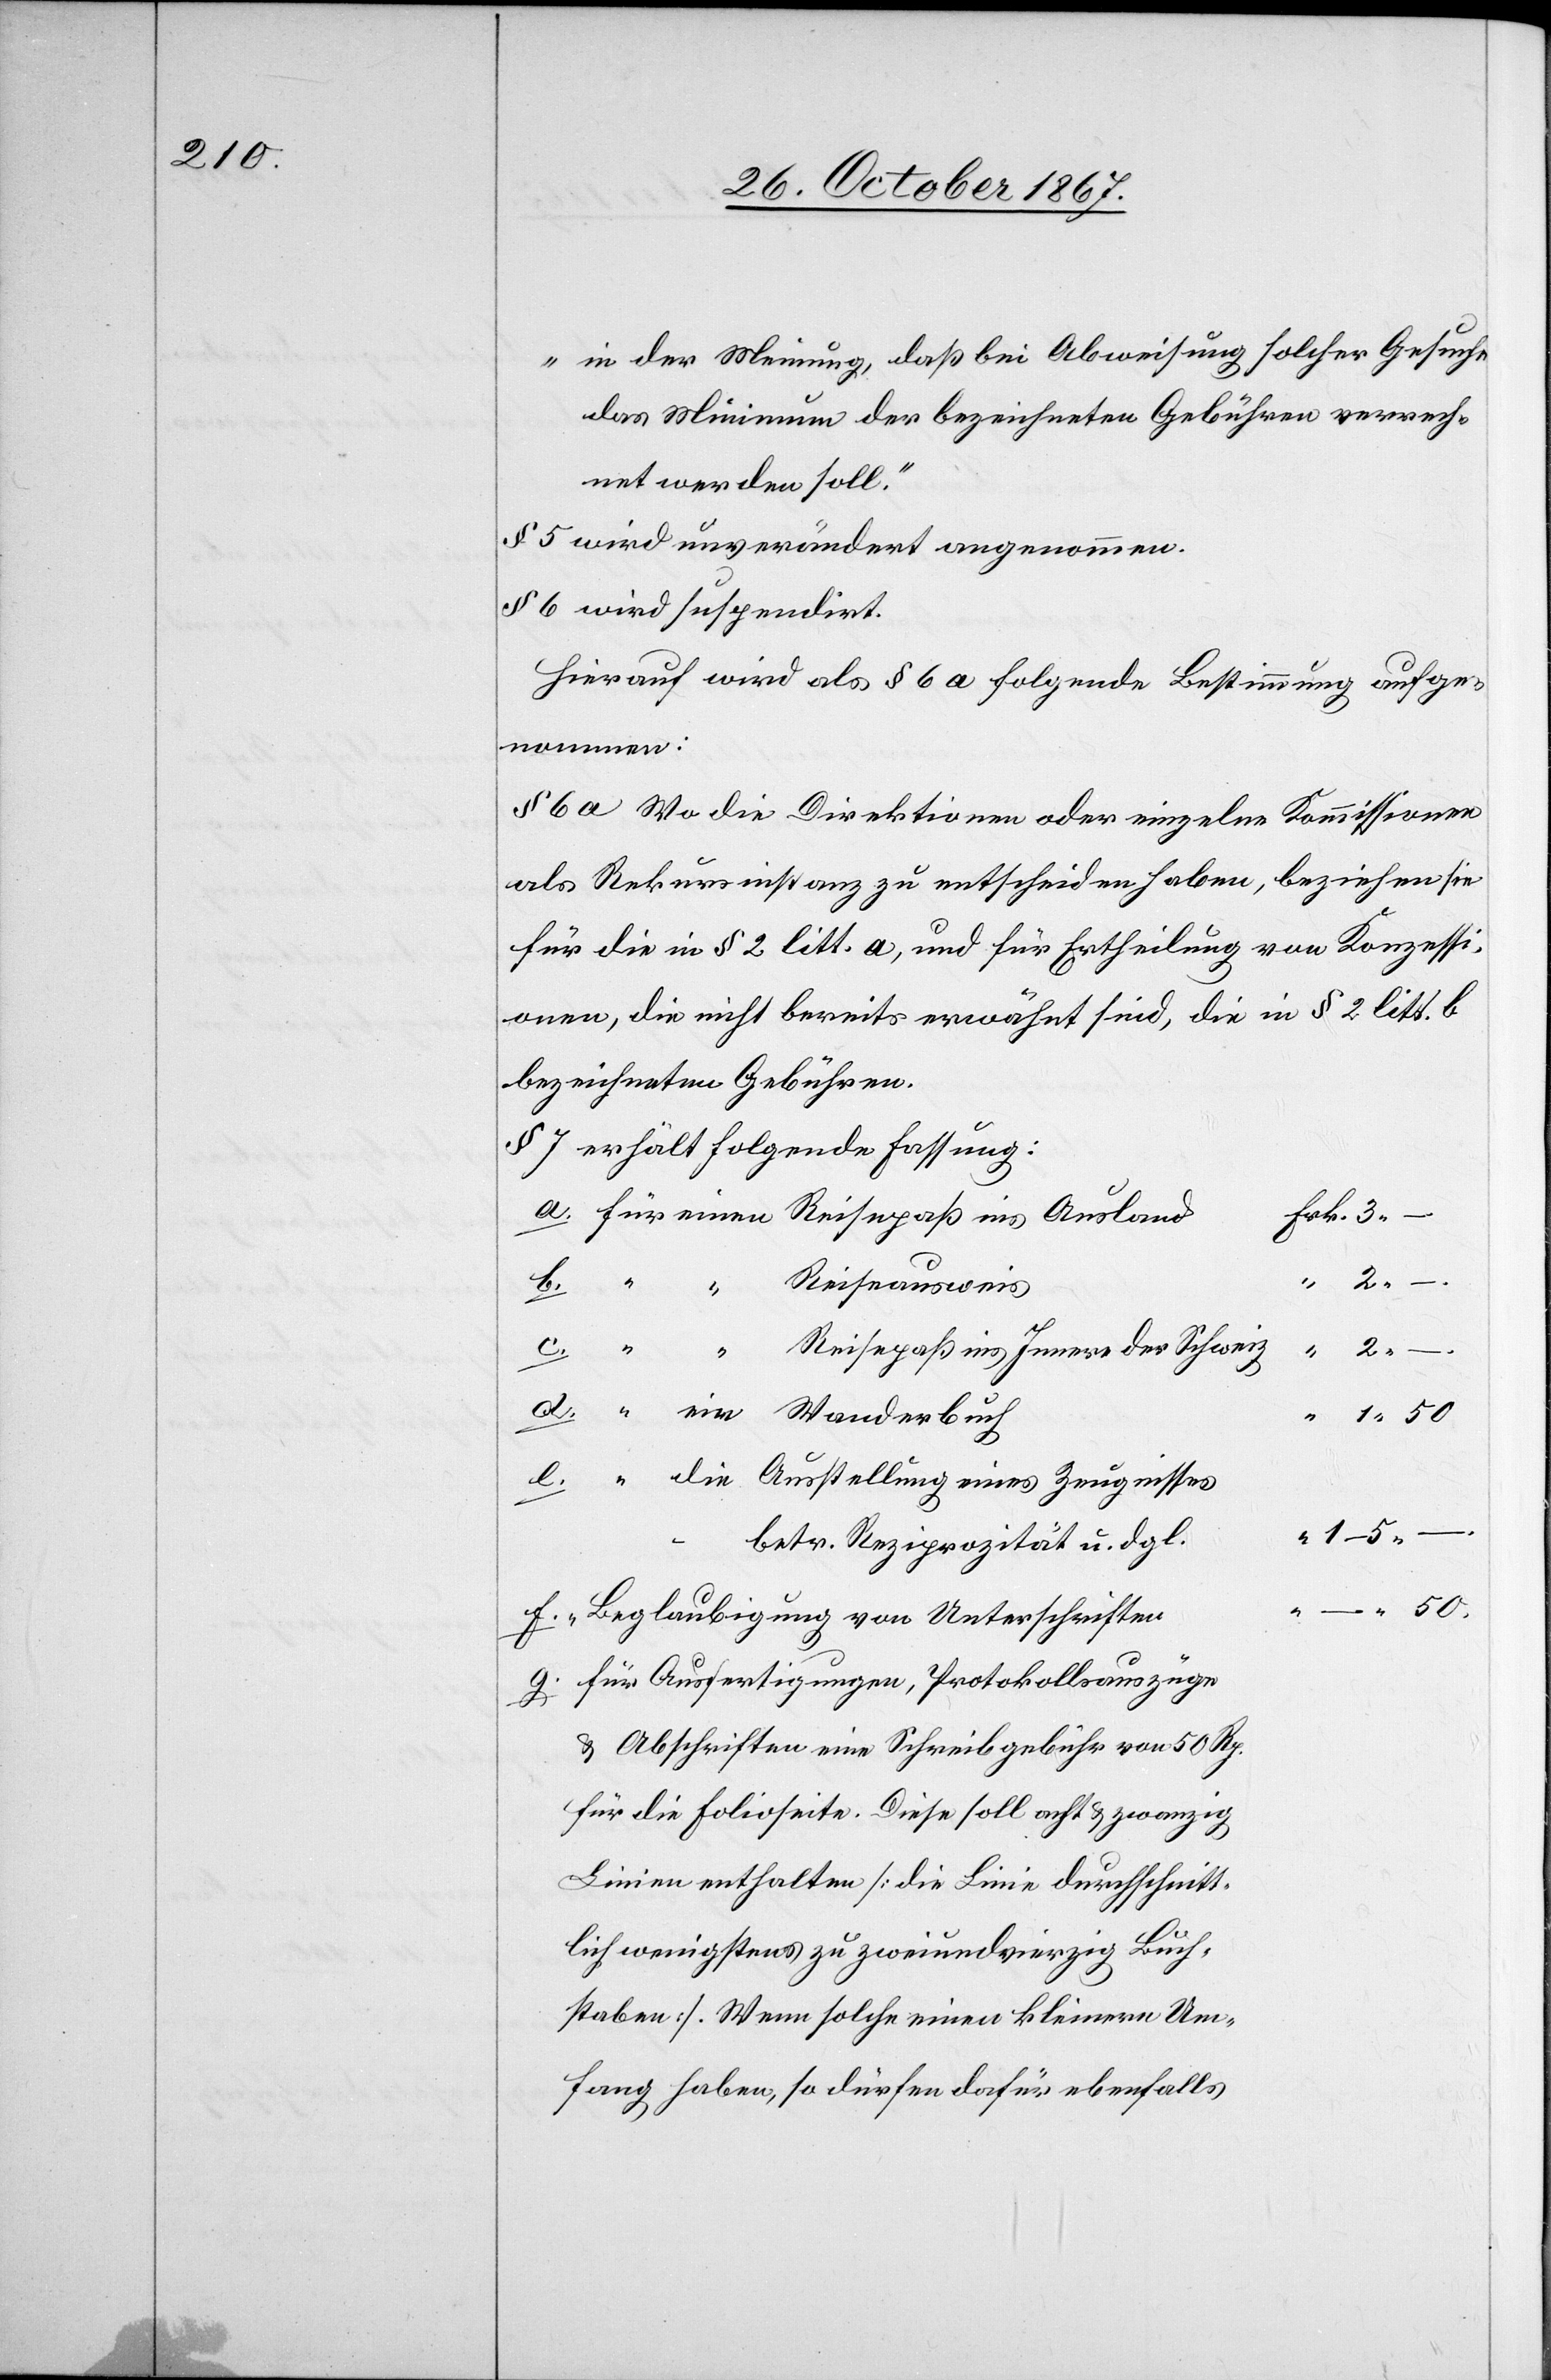
in der Meinung, daß bei Abweisung solcher Gesuche
das Minimum der bezeichneten Gebühren verrech¬
net werden soll.“
§ 5 wird unverändert angenommen.
§ 6 wird suspendirt.
Hierauf wird als § 6 a folgende Bestimmung aufge¬
nommen:
§ 6 a Wo die Direktionen oder einzelne Kommissionen
als Rekursinstanz zu entscheiden haben, beziehen sie
für die in § 2 litt. a, und für Ertheilung von Konzessi¬
onen, die nicht bereits erwähnt sind, die in § 2 litt. b
bezeichneten Gebühren.
§ 7 erhält folgende Fassung:
g.
Frk.
–.
50.
2.
Reiseausweis
Reisepaß ins Innere der Schweiz
Zeugnisses
betr. Reziprozität u. dgl.
Beglaubigung von Unterschriften
für Ausfertigungen, Protokollsauszüge
3.
u. Abschriften eine Schreibgebühr von 50 Rp.
für die Folioseite. Diese soll acht u. zwanzig
Linien enthalten [die Linie durchschnitt¬
lich wenigstens zu zweiundzwanzig Buch¬
staben]. Wenn solche einen kleinern Um¬
fang haben, so dürfen dafür ebenfalls